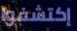
إكتشفوا